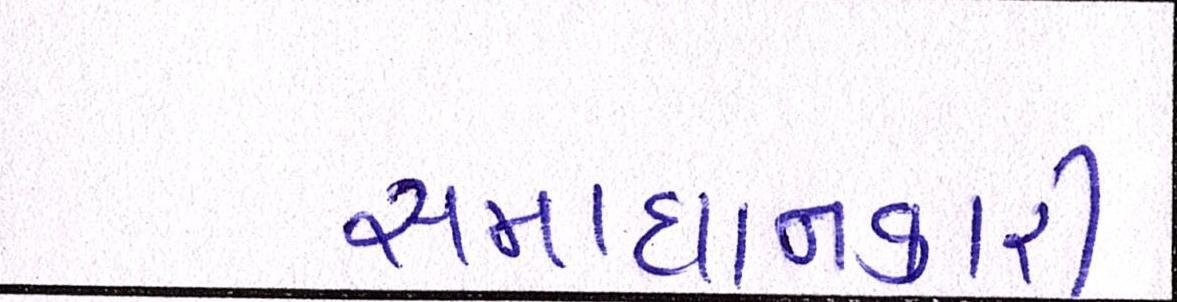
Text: સમાધાનકારી